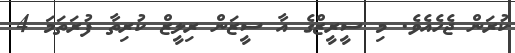
ކުރަން ޖެހެއެވެ. މި ސީރީޒްގެ އާ ސީޒަން ރިލީޒް ކުރިތާ ފުރަތަމަ 4